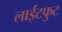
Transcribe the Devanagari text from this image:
लाईटफुट